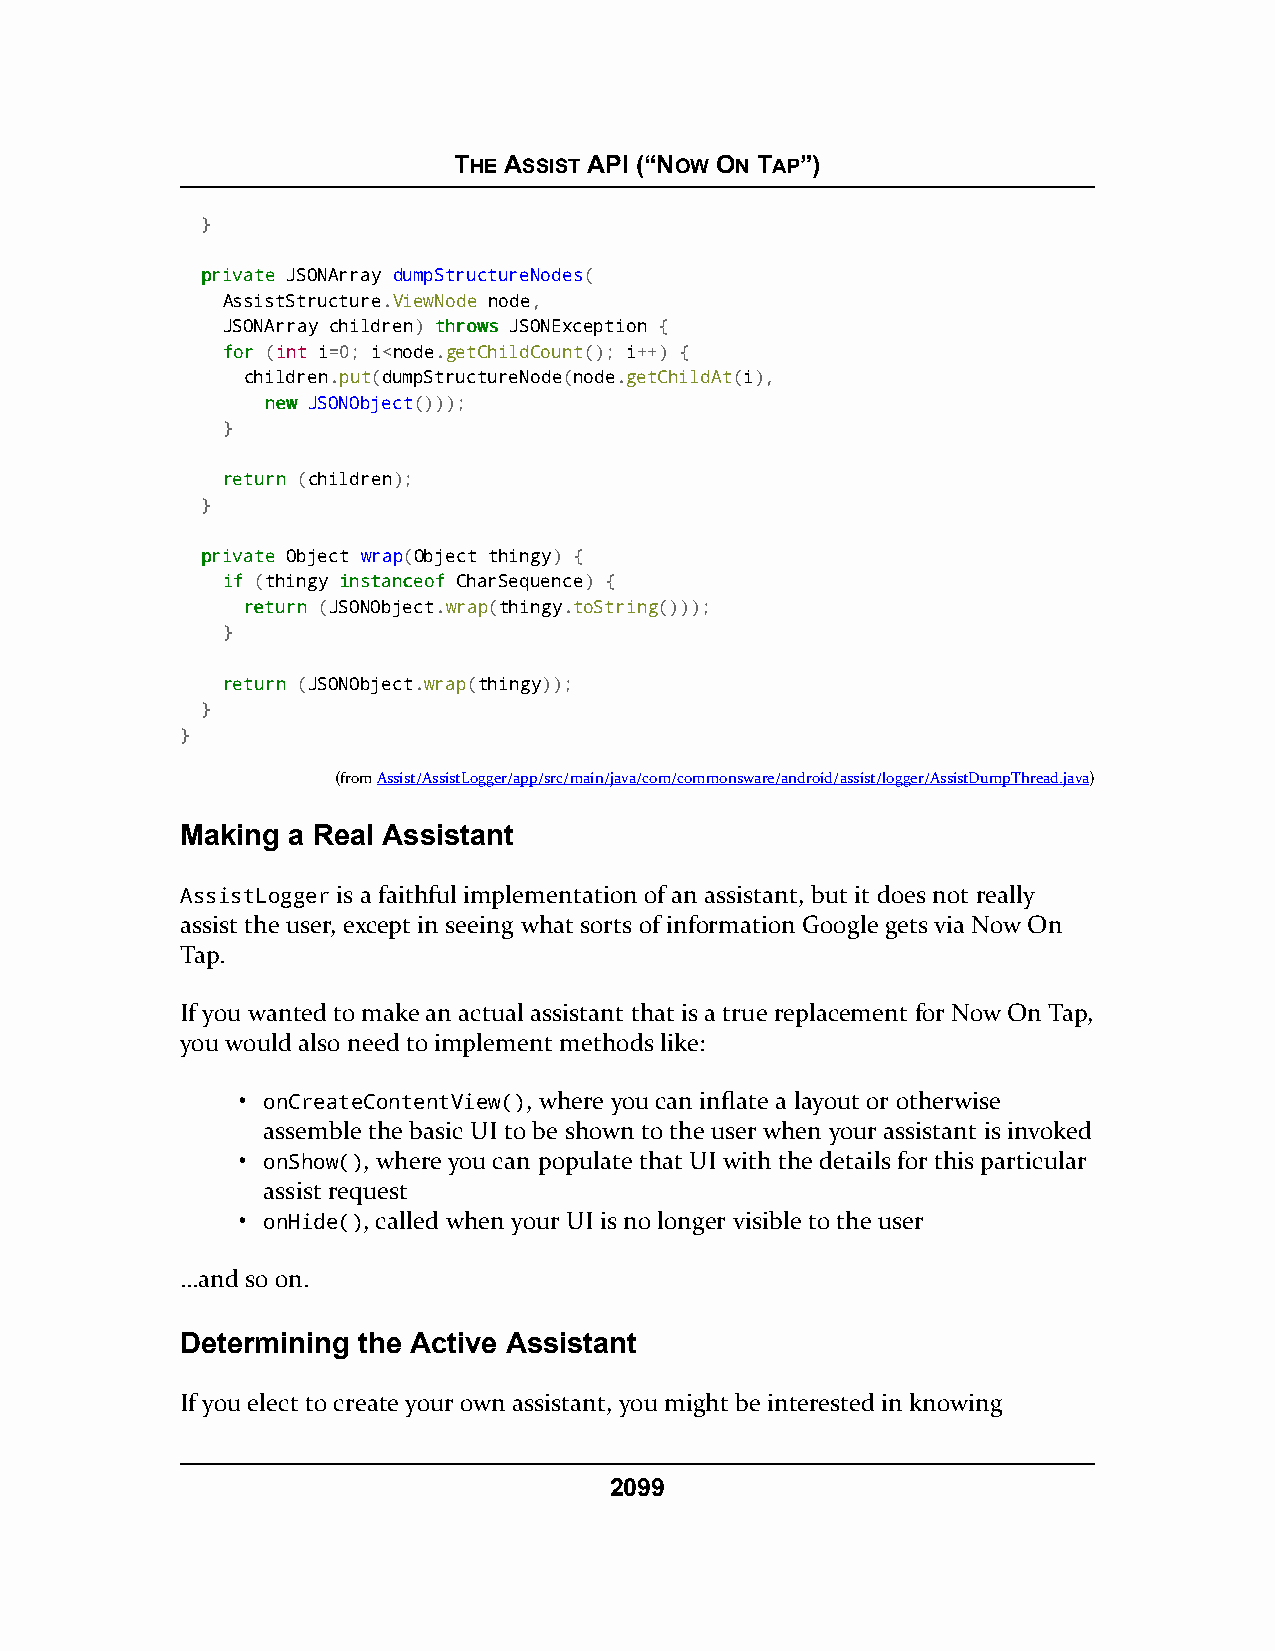
THE ASSIST API (“NOW ON TAP”)
 }
 pprriivvaattee JSONArray dumpStructureNodes(
 AssistStructure.ViewNode node,
 JSONArray children) tthhrroowwss JSONException {
 ffoorr (int i=0; i<node.getChildCount(); i++) {
 children.put(dumpStructureNode(node.getChildAt(i),
 nneeww JSONObject()));
 }
 rreettuurrnn (children);
 }
 pprriivvaattee Object wrap(Object thingy) {
 iiff (thingy iinnssttaanncceeooff CharSequence) {
 rreettuurrnn (JSONObject.wrap(thingy.toString()));
 }
 rreettuurrnn (JSONObject.wrap(thingy));
 }
 }
 (fromAssist/AssistLogger/app/src/main/java/com/commonsware/android/assist/logger/AssistDumpThread.java)
 Making a Real Assistant
 AssistLogger is a faithful implementation of an assistant, but it does not really
 assist the user, except in seeing what sorts of information Google gets via Now On
 Tap.
 If you wanted to make an actual assistant that is a true replacement for Now On Tap,
 you would also need to implement methods like:
 • onCreateContentView(), where you can inflate a layout or otherwise
 assemble the basic UI to be shown to the user when your assistant is invoked
 • onShow(), where you can populate that UI with the details for this particular
 assist request
 • onHide(), called when your UI is no longer visible to the user
 …and so on.
 Determining the Active Assistant
 If you elect to create your own assistant, you might be interested in knowing
 2099